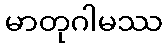
မာတုဂါမဿ